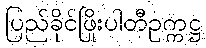
ပြည်ခိုင်ဖြိုးပါတီဥက္ကဋ္ဌ